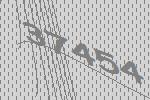
37454